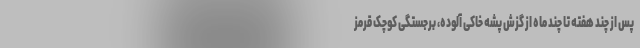
پس از چند هفته تا چند ماه از گزش پشه خاکی آلوده، برجستگی کوچک قرمز